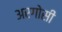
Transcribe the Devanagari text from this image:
अरगोसी